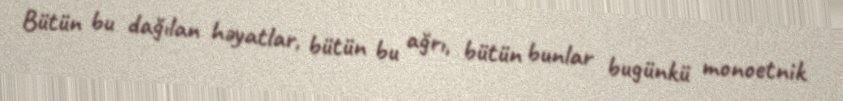
Bütün bu dağılan həyatlar, bütün bu ağrı, bütün bunlar bugünkü monoetnik